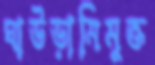
ঘাউড়ামিমুক্ত